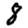
Digit: 8